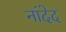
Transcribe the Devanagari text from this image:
नांदेद